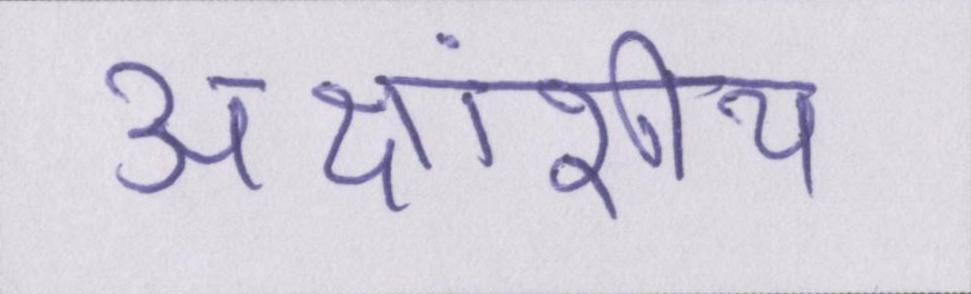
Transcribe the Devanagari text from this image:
अक्षांशीय